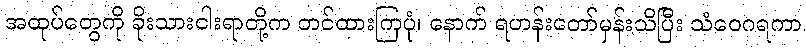
အထုပ်တွေကို ခိုးသားငါးရာတို့က တင်ထားကြပုံ၊ နောက် ရဟန်းတော်မှန်းသိပြီး သံဝေဂရကာ